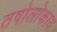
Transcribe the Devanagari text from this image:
तषोलोकाय